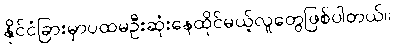
နိုင်ငံခြားမှာပထမဦးဆုံးနေထိုင်မယ့်လူတွေဖြစ်ပါတယ်။